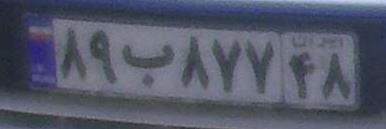
۸۹ب۸۷۷۴۸